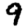
Digit: 9